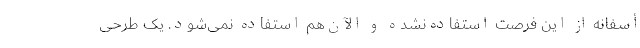
أسفانه از این فرصت استفاده‌نشده و الآن‌هم استفاده نمی‌شود. یک طرحی